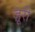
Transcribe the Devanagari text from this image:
ज़ूरी